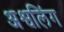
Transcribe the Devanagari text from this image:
अश्वलिंग